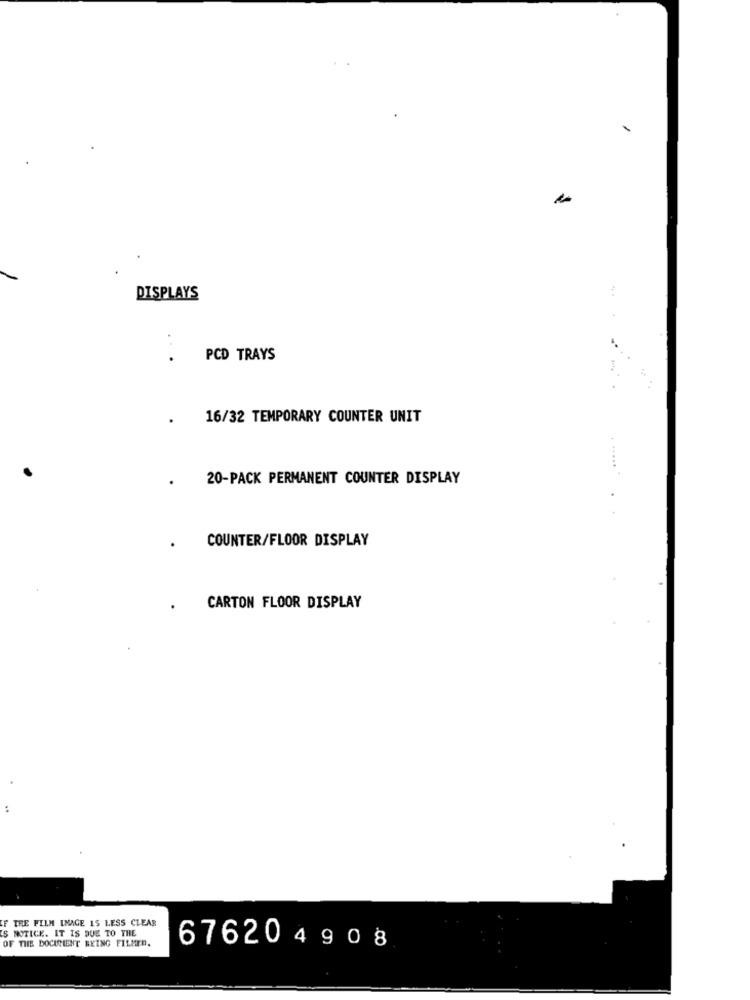
DISPLAYS
..
.
PCD TRAYS
. 16/32 TEMPORARY COUNTER UNIT
.
20-PACK PERMANENT COUNTER DISPLAY
COUNTER/FLOOR DISPLAY
CARTON FLOOR DISPLAY
THE FILM INAGE 15 LESS CLEAR
IS NOTICE. IT IS DUE TO THE
OF THE DOCICIENT BEING FILMED.
676204908